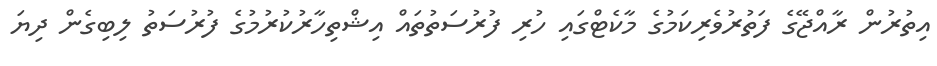
އިތުރުން ރާއްޖޭގެ ފަތުރުވެރިކަމުގެ މާކެޓްގައި ހުރި ފުރުސަތުތައް އިޝްތިހާރުކުރުމުގެ ފުރުސަތު ލިބިގެން ދިޔަ